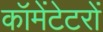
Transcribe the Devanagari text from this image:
कॉमेंटेटरों